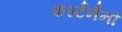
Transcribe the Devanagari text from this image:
फर्स्टनैनो